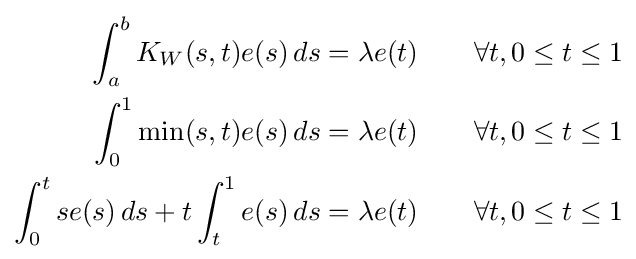
{\begin{aligned}\int _{a}^{b}K_{W}(s,t)e(s)\,ds&=\lambda e(t)\qquad \forall t,0\leq t\leq 1\\\int _{0}^{1}\min(s,t)e(s)\,ds&=\lambda e(t)\qquad \forall t,0\leq t\leq 1\\\int _{0}^{t}se(s)\,ds+t\int _{t}^{1}e(s)\,ds&=\lambda e(t)\qquad \forall t,0\leq t\leq 1\end{aligned}}